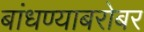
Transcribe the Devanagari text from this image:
बांधण्याबरोबर